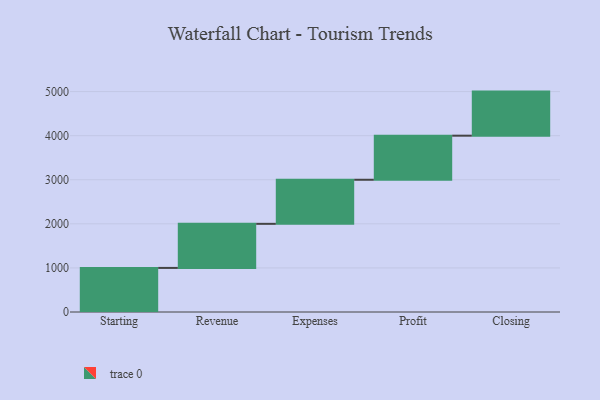
{"axis": {"x": "Step", "y": "Value"}, "legend": [""], "data": [{"x": "Starting", "y": 1000, "type": ""}, {"x": "Revenue", "y": 1000, "type": ""}, {"x": "Expenses", "y": 1000, "type": ""}, {"x": "Profit", "y": 1000, "type": ""}, {"x": "Closing", "y": 1000, "type": ""}]}